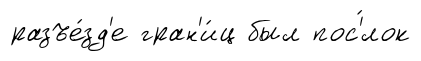
разъе́зд'е гран'и́ц был пос'́лок